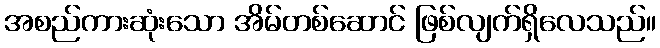
အစည်ကားဆုံးသော အိမ်တစ်ဆောင် ဖြစ်လျက်ရှိလေသည်။